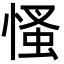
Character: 慅